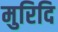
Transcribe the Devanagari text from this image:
मुरिदि